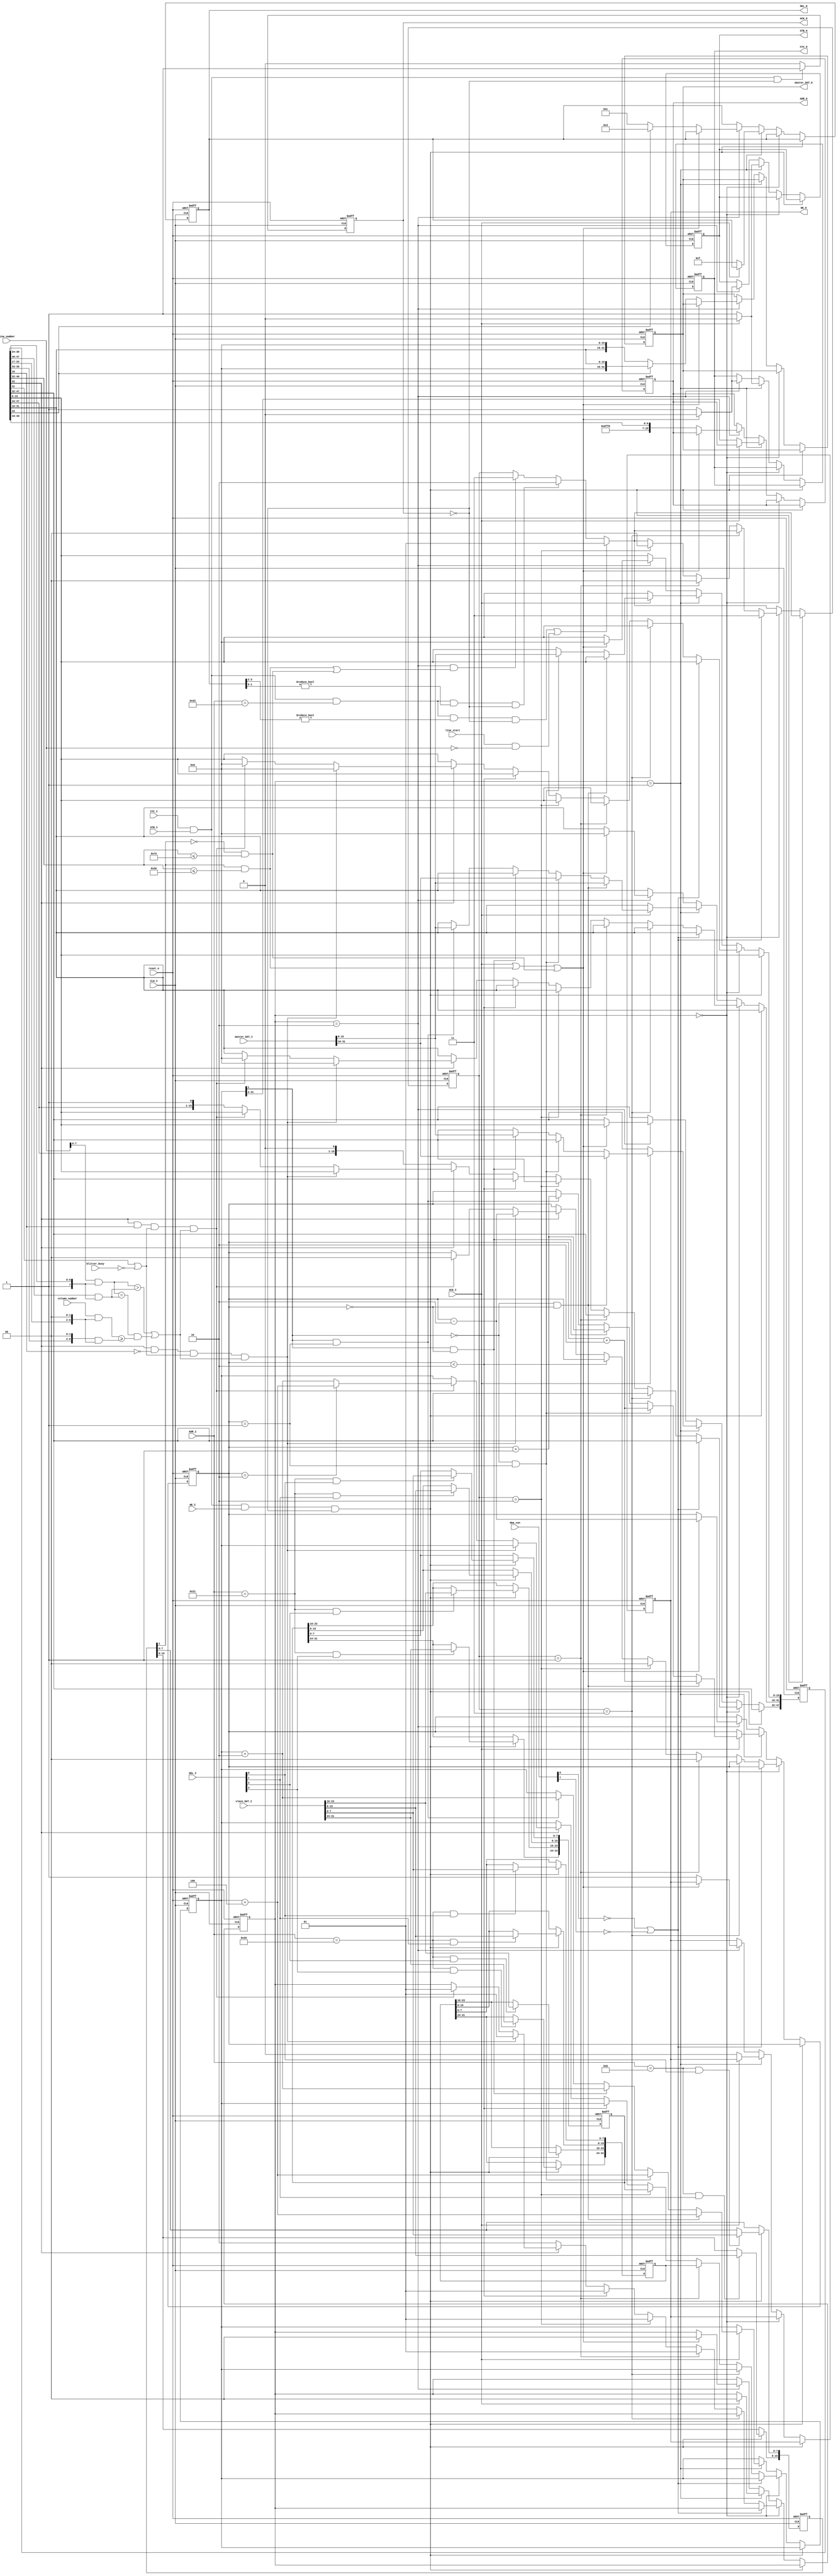
/*
 * Copyright 2010, Aleksander Osman, alfik@poczta.fm. All rights reserved.
 *
 * Redistribution and use in source and binary forms, with or without modification, are
 * permitted provided that the following conditions are met:
 *
 *  1. Redistributions of source code must retain the above copyright notice, this list of
 *     conditions and the following disclaimer.
 *
 *  2. Redistributions in binary form must reproduce the above copyright notice, this list
 *     of conditions and the following disclaimer in the documentation and/or other materials
 *     provided with the distribution.
 *
 * THIS SOFTWARE IS PROVIDED BY THE AUTHOR ``AS IS'' AND ANY EXPRESS OR IMPLIED
 * WARRANTIES, INCLUDING, BUT NOT LIMITED TO, THE IMPLIED WARRANTIES OF MERCHANTABILITY AND
 * FITNESS FOR A PARTICULAR PURPOSE ARE DISCLAIMED. IN NO EVENT SHALL THE AUTHOR OR
 * CONTRIBUTORS BE LIABLE FOR ANY DIRECT, INDIRECT, INCIDENTAL, SPECIAL, EXEMPLARY, OR
 * CONSEQUENTIAL DAMAGES (INCLUDING, BUT NOT LIMITED TO, PROCUREMENT OF SUBSTITUTE GOODS OR
 * SERVICES; LOSS OF USE, DATA, OR PROFITS; OR BUSINESS INTERRUPTION) HOWEVER CAUSED AND ON
 * ANY THEORY OF LIABILITY, WHETHER IN CONTRACT, STRICT LIABILITY, OR TORT (INCLUDING
 * NEGLIGENCE OR OTHERWISE) ARISING IN ANY WAY OUT OF THE USE OF THIS SOFTWARE, EVEN IF
 * ADVISED OF THE POSSIBILITY OF SUCH DAMAGE.
 */

/*! \file
 * \brief OCS copper implementation with WISHBONE master and slave interface.
 */

/*! \brief \copybrief ocs_copper.v

List of copper registers:
\verbatim
Implemented:
    COPCON      *02E  W   A( E )  Coprocessor control register (CDANG)
    COP1LCH   +  080  W   A( E )  Coprocessor first location register (high 3 bits, high 5 bits if ECS)
    COP1LCL   +  082  W   A       Coprocessor first location register (low 15 bits)
    COP2LCH   +  084  W   A( E )  Coprocessor second location register (high 3 bits, high 5 bits if ECS)
    COP2LCL   +  086  W   A       Coprocessor second location register (low 15 bits)
    COPJMP1      088  S   A       Coprocessor restart at first location
    COPJMP2      08A  S   A       Coprocessor restart at second location
Not implemented:
    COPINS       08C  W   A       Coprocessor instruction fetch identify
\endverbatim

\note
    \li \c COPINS is not implemented.
*/
module ocs_copper(
    //% \name Clock and reset
    //% @{
    input               CLK_I,
    input               reset_n,
    //% @}
    
    //% \name WISHBONE master
    //% @{
    output reg          CYC_O,
    output reg          STB_O,
    output reg          WE_O,
    output reg [31:2]   ADR_O,
    output reg [3:0]    SEL_O,
    output reg [31:0]   master_DAT_O,
    input [31:0]        master_DAT_I,
    input               ACK_I,
    //% @}
    
    //% \name WISHBONE slave
    //% @{
    input               CYC_I,
    input               STB_I,
    input               WE_I,
    input [8:2]         ADR_I,
    input [3:0]         SEL_I,
    input [31:0]        slave_DAT_I,
    output reg          ACK_O,
    //% @}
    
    //% \name Internal OCS ports
    //% @{
    input               line_start,
    input [8:0]         line_number,
    input [8:0]         column_number,
    
    input [10:0]        dma_con,
    input               blitter_busy
    //% @}
);

reg [15:0] cop_con;
reg [31:0] cop1_loc;
reg [31:0] cop2_loc;

reg [1:0] jump_strobe;
reg [1:0] state;
reg [31:0] pc;
reg [47:0] ir;
reg [1:0] avail;

parameter [1:0]
    S_IDLE          = 2'd0,
    S_LOAD          = 2'd1,
    S_SAVE          = 2'd2;
    
// MOVE: >= 0x20($80-$FF) always, >= 0x10 && < 0x20 CDANG, < 0x10($00-$3E) never
// WAIT: pos >= params;  PAL max(226,312)
//       horiz [7:1] bits, DDF,  0x0-0xE2, resolution 4 lowres, 8 hires, horiz blanking 0x0F-0x35, lowres 0x04-0x47 not used
//       vert [7:0] bits, 
// SKIP: pos >= params then skip next instruction
//
// enable bits: if 0 -> always true, vert[7] not masked, always checked

wire [31:0] move_address;
assign move_address = { 8'd0, 12'hDFF, 3'b0, ir[40:32] };

wire beam_compare;
assign beam_compare = 
    (line_number[7:0] & { 1'b1, ir[30:24] }) > (ir[47:40] & { 1'b1, ir[30:24] }) ||
    (   (line_number[7:0] & { 1'b1, ir[30:24] }) == (ir[47:40] & { 1'b1, ir[30:24] }) &&
        (column_number[8:0] & { ir[23:17], 2'b0 }) >= ({ ir[39:33], 2'b0 } & { ir[23:17], 2'b0 })
    );
                

always @(posedge CLK_I or negedge reset_n) begin
    if(reset_n == 1'b0) begin
        CYC_O <= 1'b0;
        STB_O <= 1'b0;
        WE_O <= 1'b0;
        ADR_O <= 30'd0;
        SEL_O <= 4'b0000;
        master_DAT_O <= 32'd0;
        ACK_O <= 1'b0;
        
        cop_con <= 16'd0;
        cop1_loc <= 32'd0;
        cop2_loc <= 32'd0;
        
        jump_strobe <= 2'b11;
        state <= S_IDLE;
        pc <= 32'd0;
        ir <= 48'd0;
        avail <= 2'd0;
    end
    else begin
        if(CYC_I == 1'b1 && STB_I == 1'b1 /*&& WE_I == 1'b1*/ && ACK_O == 1'b0) ACK_O <= 1'b1;
        else ACK_O <= 1'b0;
        
        // JMP1
        if( (CYC_I == 1'b1 && STB_I == 1'b1 /*&& WE_I == 1'b1*/ && { ADR_I, 2'b0 } == 9'h088 && SEL_O[3:2] != 2'b00 && ACK_O == 1'b0) ||
            (line_start == 1'b1 && line_number == 9'd0) ) //PAL:25, NTSC: 20
        begin
            jump_strobe <= 2'b01;
        end
        // JMP2
        else if(CYC_I == 1'b1 && STB_I == 1'b1 /*&& WE_I == 1'b1*/ && { ADR_I, 2'b0 } == 9'h088 && SEL_O[1:0] != 2'b00 && ACK_O == 1'b0) begin
            jump_strobe <= 2'b10;
        end
        else if(state == S_SAVE &&
            ((cop_con[1] == 1'b1 && move_address[8:0] <= 9'h03E) || (cop_con[1] == 1'b0 && move_address[8:0] <= 9'h07E)))
        begin
            jump_strobe <= 2'b11;
        end
        
        // 02C:     VHPOSW(not used),   COPCON,
        // 080:     COP1LCH,            COP1LCL,
        // 084:     COP2LCH,            COP2LCL,
        // 088:     COPJMP1,            COPJMP2,
        if(CYC_I == 1'b1 && STB_I == 1'b1 && WE_I == 1'b1 && ACK_O == 1'b0) begin
            if({ ADR_I, 2'b0 } == 9'h02C && SEL_I[0] == 1'b1)  cop_con[7:0]   <= slave_DAT_I[7:0];
            if({ ADR_I, 2'b0 } == 9'h02C && SEL_I[1] == 1'b1)  cop_con[15:8]  <= slave_DAT_I[15:8];
            if({ ADR_I, 2'b0 } == 9'h02C && SEL_I[2] == 1'b1)  ;
            if({ ADR_I, 2'b0 } == 9'h02C && SEL_I[3] == 1'b1)  ;
            if({ ADR_I, 2'b0 } == 9'h080 && SEL_I[0] == 1'b1)  cop1_loc[7:0]   <= slave_DAT_I[7:0];
            if({ ADR_I, 2'b0 } == 9'h080 && SEL_I[1] == 1'b1)  cop1_loc[15:8]  <= slave_DAT_I[15:8];
            if({ ADR_I, 2'b0 } == 9'h080 && SEL_I[2] == 1'b1)  cop1_loc[23:16] <= slave_DAT_I[23:16];
            if({ ADR_I, 2'b0 } == 9'h080 && SEL_I[3] == 1'b1)  cop1_loc[31:24] <= slave_DAT_I[31:24];
            if({ ADR_I, 2'b0 } == 9'h084 && SEL_I[0] == 1'b1)  cop2_loc[7:0]   <= slave_DAT_I[7:0];
            if({ ADR_I, 2'b0 } == 9'h084 && SEL_I[1] == 1'b1)  cop2_loc[15:8]  <= slave_DAT_I[15:8];
            if({ ADR_I, 2'b0 } == 9'h084 && SEL_I[2] == 1'b1)  cop2_loc[23:16] <= slave_DAT_I[23:16];
            if({ ADR_I, 2'b0 } == 9'h084 && SEL_I[3] == 1'b1)  cop2_loc[31:24] <= slave_DAT_I[31:24];
        end
        else if(state == S_IDLE) begin
            // DMAEN, COPEN
            if(dma_con[9] == 1'b0 || dma_con[7] == 1'b0 ) begin
                jump_strobe <= 2'b11;
            end
            else if(jump_strobe == 2'b11) begin
                // no operation
            end
            else if(jump_strobe == 2'b01) begin
                jump_strobe <= 2'b00;
                pc <= cop1_loc;
                avail <= 2'd0;
                state <= S_LOAD;
            end
            else if(jump_strobe == 2'b10) begin
                jump_strobe <= 2'b00;
                pc <= cop2_loc;
                avail <= 2'd0;
                state <= S_LOAD;
            end
            else if(avail < 2'd2) begin
                state <= S_LOAD;
            end
            // MOVE
            else if(ir[32] == 1'b0) begin
                state <= S_SAVE;
            end
            // WAIT
            else if(ir[32] == 1'b1 && ir[16] == 1'b0 && (ir[31] == 1'b1 || blitter_busy == 1'b0) && beam_compare == 1'b1) begin
                avail <= avail - 2'd2;
                ir <= { ir[15:0], 32'd0 };
                state <= S_LOAD;
            end
            // SKIP
            else if(ir[32] == 1'b1 && ir[16] == 1'b1 && (ir[31] == 1'b1 || blitter_busy == 1'b0) && beam_compare == 1'b1) begin
                if(avail == 2'd2)   pc <= pc + 32'd4;
                else                pc <= pc + 32'd2;
                
                avail <= 2'd0;
                ir <= { ir[15:0], 32'd0 };
                state <= S_LOAD;
            end
            
        end
        else if(state == S_LOAD) begin
            if(ACK_I == 1'b1) begin
                CYC_O <= 1'b0;
                STB_O <= 1'b0;
                
                if(pc[1] == 1'b0 && avail == 2'd0) begin
                    pc <= pc + 32'd4;
                    avail <= avail + 2'd2;
                    ir[47:16] <= master_DAT_I[31:0];
                end
                else if(pc[1] == 1'b0 && avail == 2'd1) begin
                    pc <= pc + 32'd4;
                    avail <= avail + 2'd2;
                    ir[31:0] <= master_DAT_I[31:0];
                end
                else if(pc[1] == 1'b1 && avail == 2'd0) begin
                    pc <= pc + 32'd2;
                    avail <= avail + 2'd1;
                    ir[47:32] <= master_DAT_I[15:0];
                end
                else if(pc[1] == 1'b1 && avail == 2'd1) begin
                    pc <= pc + 32'd2;
                    avail <= avail + 2'd1;
                    ir[31:16] <= master_DAT_I[15:0];
                end
                
                state <= S_IDLE;
            end
            else begin
                CYC_O <= 1'b1;
                STB_O <= 1'b1;
                WE_O <= 1'b0;
                ADR_O <= pc[31:2];
                SEL_O <= 4'b1111;
            end
        end
        else if(state == S_SAVE) begin
            if(ACK_I == 1'b1 || (cop_con[1] == 1'b1 && move_address[8:0] <= 9'h03E) || (cop_con[1] == 1'b0 && move_address[8:0] <= 9'h07E))
            begin
                CYC_O <= 1'b0;
                STB_O <= 1'b0;
                
                avail <= avail - 2'd2;
                ir <= { ir[15:0], 32'd0 };
                
                state <= S_IDLE;
            end
            else begin
                CYC_O <= 1'b1;
                STB_O <= 1'b1;
                WE_O <= 1'b1;
                ADR_O <= move_address[31:2];
                if(move_address[1] == 1'b0) begin
                    SEL_O <= 4'b1100;
                    master_DAT_O <= { ir[31:16], 16'd0 };
                end
                else begin
                    SEL_O <= 4'b0011;
                    master_DAT_O <= { 16'd0, ir[31:16] };
                end
            end
        end
    end
end

endmodule